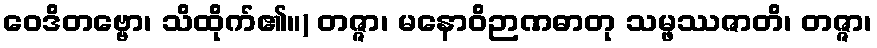
ဝေဒိတဗ္ဗော၊ သိထိုက်၏။) တဇ္ဇာ၊ မနောဝိဉာဏဓာတု သမ္ဖဿဇာတိ၊ တဇ္ဇာ၊